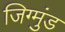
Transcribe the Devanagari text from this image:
जिग्मुंड